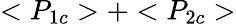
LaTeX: <P_{1c}>+<P_{2c}>